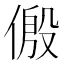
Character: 𪝛